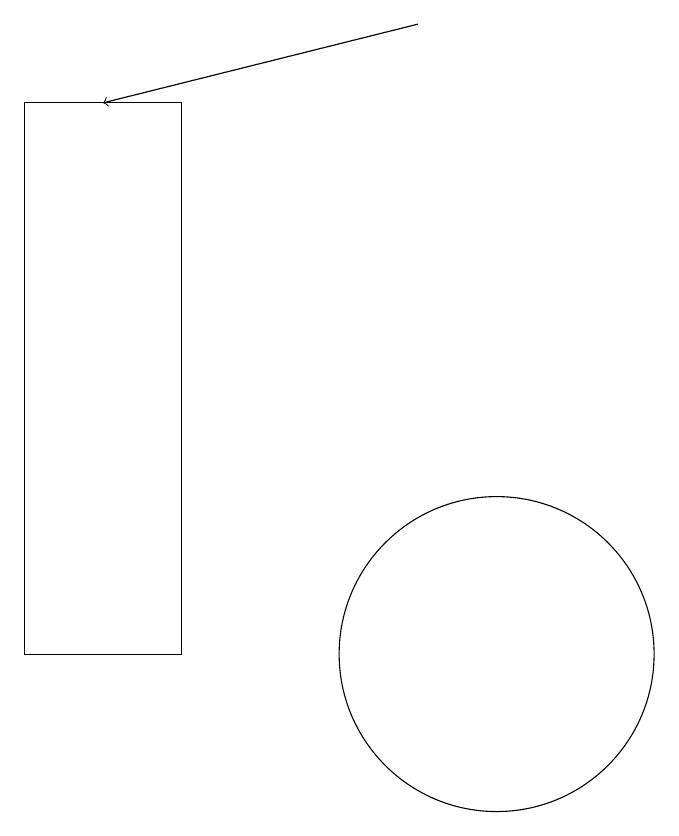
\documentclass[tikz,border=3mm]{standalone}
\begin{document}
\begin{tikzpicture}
\draw (6,10) rectangle (4,17);
\draw (10,10) circle (2);
\draw[->] (9,18) -- (5,17);
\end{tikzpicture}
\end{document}